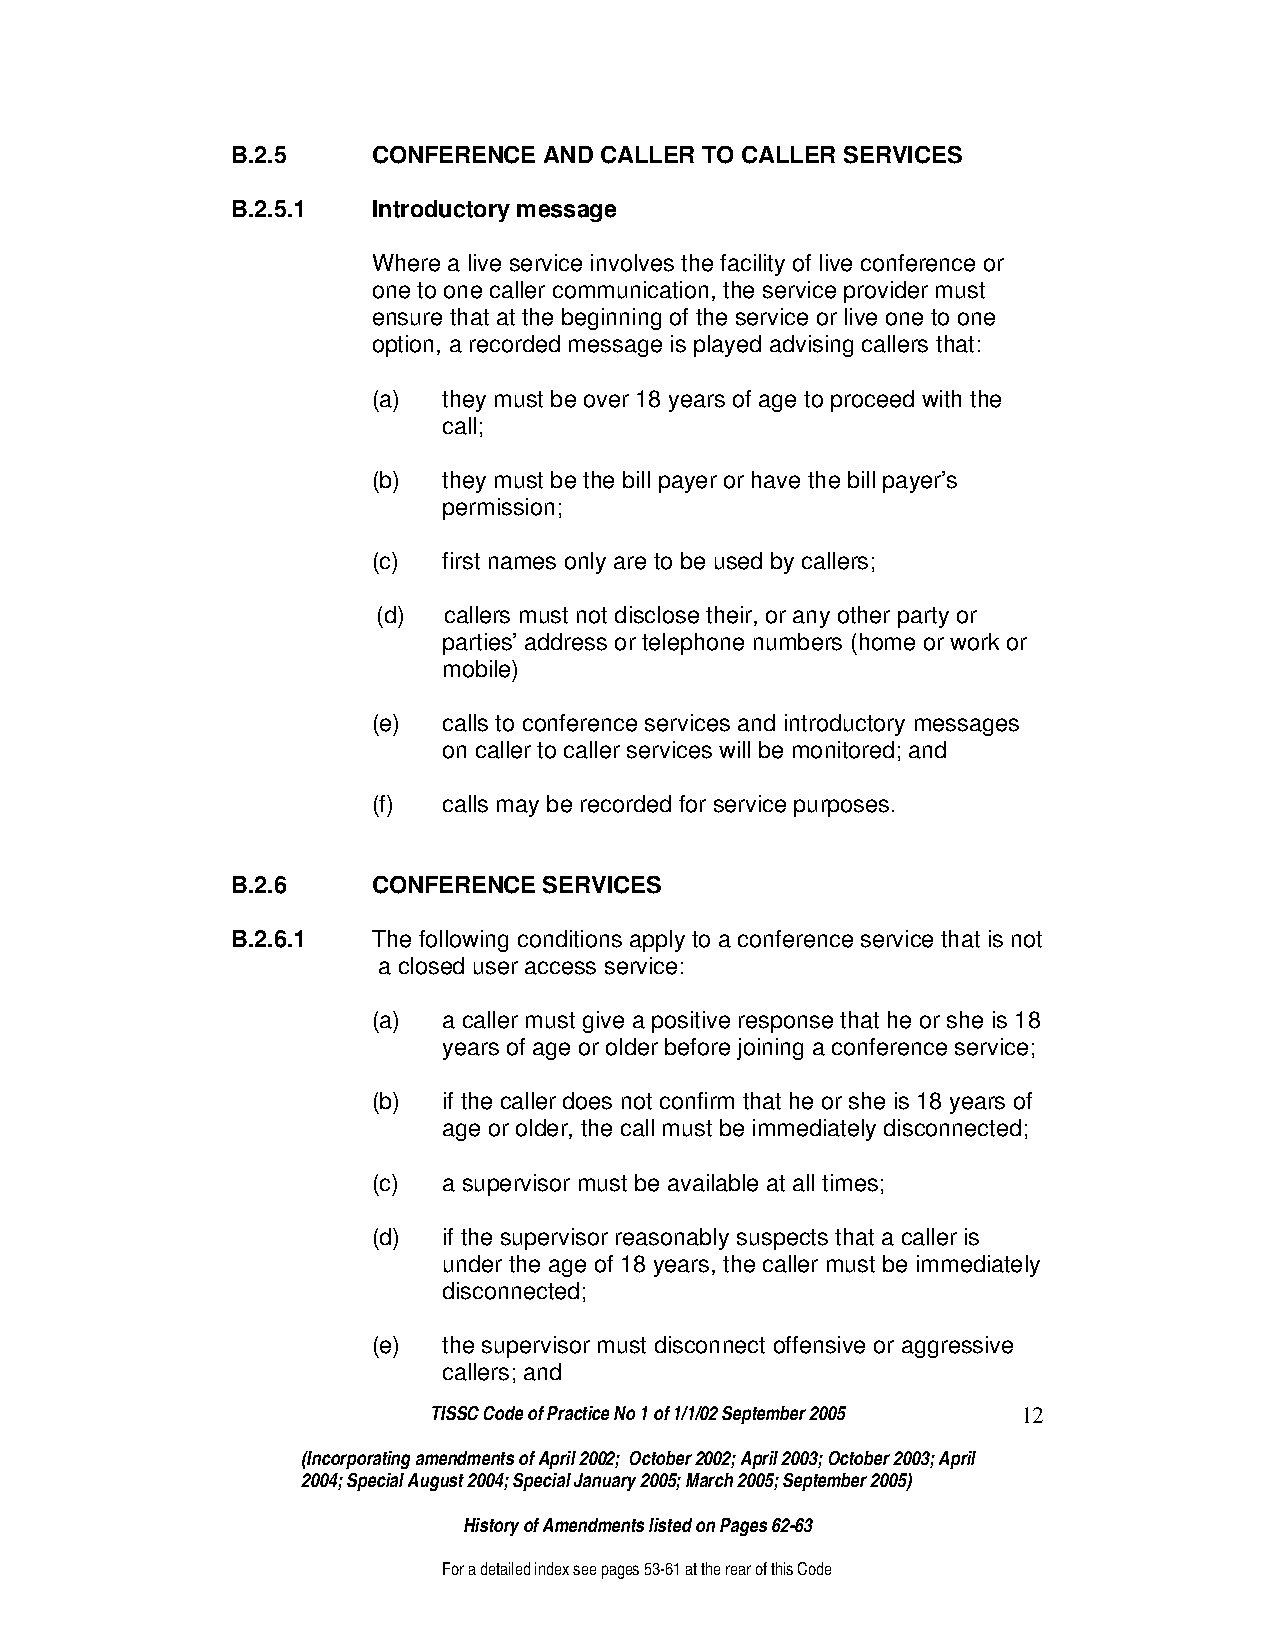
B.2.5     CONFERENCE AND CALLER TO CALLER SERVICES
 B.2.5.1   Introductory message
 Where a live service involves the facility of live conference or
 one to one caller communication, the service provider must
 ensure that at the beginning of the service or live one to one
 option, a recorded message is played advising callers that:
 (a) they must be over 18 years of age to proceed with the
 call;
 (b) they must be the bill payer or have the bill payer’s
 permission;
 (c) first names only are to be used by callers;
 (d) callers must not disclose their, or any other party or
 parties’ address or telephone numbers (home or work or
 mobile)
 (e) calls to conference services and introductory messages
 on caller to caller services will be monitored; and
 (f) calls may be recorded for service purposes.
 B.2.6     CONFERENCE SERVICES
 B.2.6.1   The following conditions apply to a conference service that is not
 a closed user access service:
 (a) a caller must give a positive response that he or she is 18
 years of age or older before joining a conference service;
 (b) if the caller does not confirm that he or she is 18 years of
 age or older, the call must be immediately disconnected;
 (c) a supervisor must be available at all times;
 (d) if the supervisor reasonably suspects that a caller is
 under the age of 18 years, the caller must be immediately
 disconnected;
 (e) the supervisor must disconnect offensive or aggressive
 callers; and
 TISSC Code of Practice No 1 of 1/1/02 September 2005 12
 (Incorporating amendments of April 2002; October 2002; April 2003; October 2003; April
 2004; Special August 2004; Special January 2005; March 2005; September 2005)
 History of Amendments listed on Pages 62-63
 For a detailed index see pages 53-61 at the rear of this Code